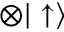
\otimes | \uparrow \rangle